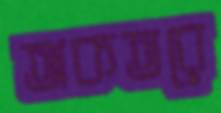
অকতরে